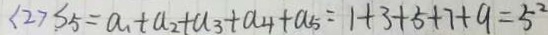
( 2 ) S _ { 5 } = a _ { 1 } + a _ { 2 } + a _ { 3 } + a _ { 4 } + a _ { 5 } = 1 + 3 + 5 + 7 + 9 = 5 ^ { 2 }